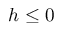
h \leq 0